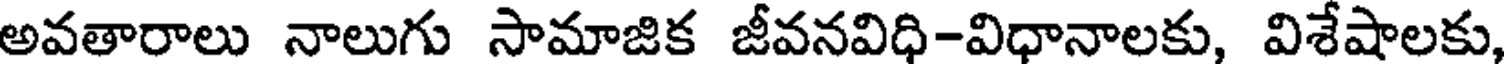
అవతారాలు నాలుగు సామాజిక జీవనవిధి-విధానాలకు, విశేషాలకు,